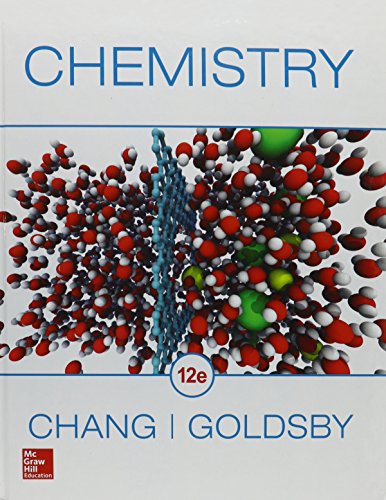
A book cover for Chemistry; Raymond Chang; Science & Math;